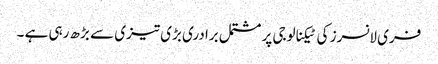
فری لانسرز کی ٹیکنالوجی پر مشتمل برادری بڑی تیزی سے بڑھ رہی ہے ۔